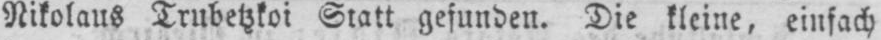
Nikolaus Trubetzkoi Statt gefunden. Die kleine, einfach